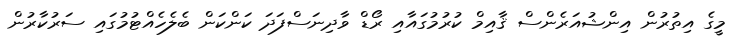
މީގެ އިތުރުން އިންޝުއަރެންސް ޤާއިމް ކުރުމުގައާއި ރޯޑް ވާދިނަސްފަދަ ކަންކަން ބެލެހެއްޓުމުގައި ސަރުކާރުން